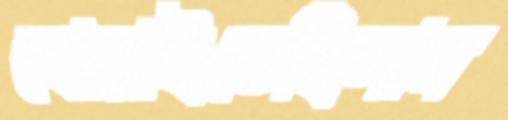
খোয়াইতেছিলাম